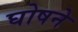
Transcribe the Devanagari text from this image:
घोषने